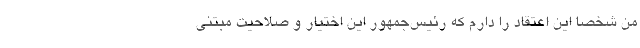
من شخصا این اعتقاد را دارم که رئیس‌جمهور این اختیار و صلاحیت مبتنی